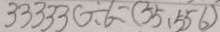
3 3 3 3 3 0 \div 6 = ( 5 5 . 5 5 6 )